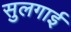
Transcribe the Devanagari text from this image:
सुलगाई